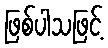
ဖြစ်ပါသဖြင့်